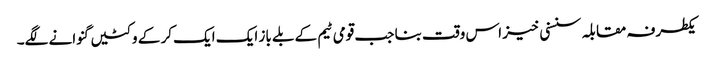
یکطرفہ مقابلہ سنسنی خیز اس وقت بنا جب قومی ٹیم کے بلے باز ایک ایک کر کے وکٹیں گنوانے لگے۔